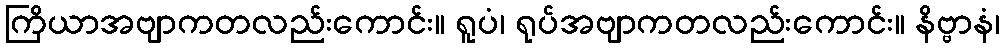
ကြိယာအဗျာကတလည်းကောင်း။ ရူပံ၊ ရုပ်အဗျာကတလည်းကောင်း။ နိဗ္ဗာနံ၊